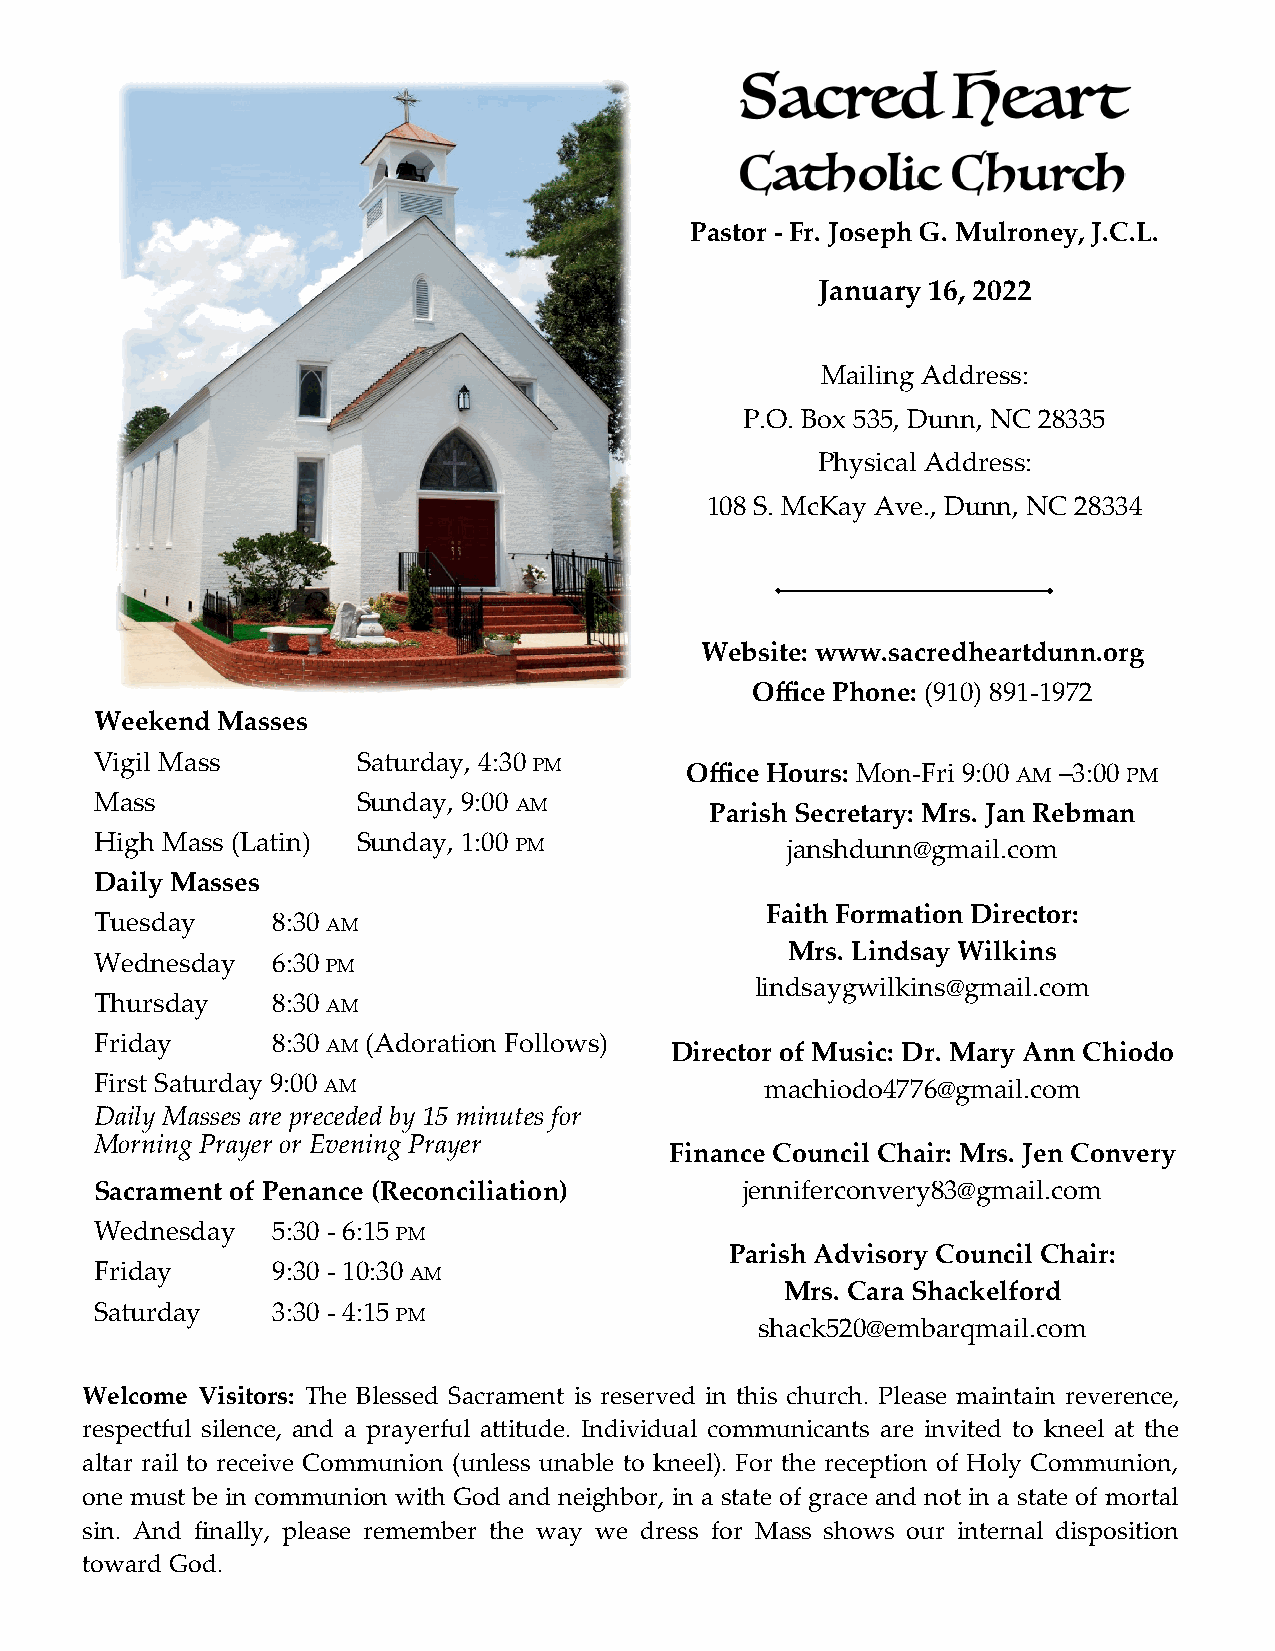
Pastor - Fr. Joseph G. Mulroney, J.C.L.
 January 16, 2022
 Mailing Address:
 P.O. Box 535, Dunn, NC 28335
 Physical Address:
 108 S. McKay Ave., Dunn, NC 28334
 Website: www.sacredheartdunn.org
 Office Phone: (910) 891-1972
 Weekend Masses
 Vigil Mass        Saturday, 4:30 PM    Office Hours: Mon-Fri 9:00 AM –3:00 PM
 Mass              Sunday, 9:00 AM        Parish Secretary: Mrs. Jan Rebman
 High Mass (Latin) Sunday, 1:00 PM             janshdunn@gmail.com
 Daily Masses
 Faith Formation Director:
 Tuesday     8:30 AM
 Mrs. Lindsay Wilkins
 Wednesday   6:30 PM
 lindsaygwilkins@gmail.com
 Thursday    8:30 AM
 Friday      8:30 AM (Adoration Follows) Director of Music: Dr. Mary Ann Chiodo
 First Saturday 9:00 AM                       machiodo4776@gmail.com
 Daily Masses are preceded by 15 minutes for
 Morning Prayer or Evening Prayer
 Finance Council Chair: Mrs. Jen Convery
 Sacrament of Penance (Reconciliation)      jenniferconvery83@gmail.com
 Wednesday   5:30 - 6:15 PM
 Parish Advisory Council Chair:
 Friday      9:30 - 10:30 AM
 Mrs. Cara Shackelford
 Saturday    3:30 - 4:15 PM
 shack520@embarqmail.com
 Welcome Visitors: The Blessed Sacrament is reserved in this church. Please maintain reverence,
 respectful silence, and a prayerful attitude. Individual communicants are invited to kneel at the
 altar rail to receive Communion (unless unable to kneel). For the reception of Holy Communion,
 one must be in communion with God and neighbor, in a state of grace and not in a state of mortal
 sin. And finally, please remember the way we dress for Mass shows our internal disposition
 toward God.